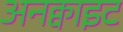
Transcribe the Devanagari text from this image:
अनक्वाइट